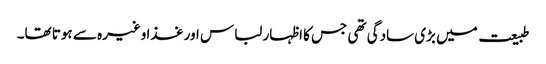
طبیعت میں بڑی سادگی تھی جس کا اظہار لباس اور غذا وغیرہ سے ہوتا تھا۔